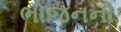
ભોજનનો